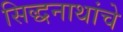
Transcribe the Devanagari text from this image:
सिद्धनाथांचे